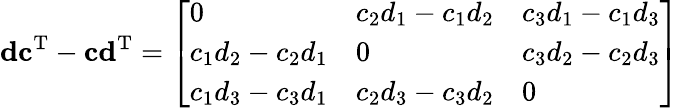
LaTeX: \mathbf{d}\mathbf{c}^{\mathrm{T}}-\mathbf{c}\mathbf{d}^{\mathrm{T}}={\left[\begin{array}{lll}{0}&{c_{2}d_{1}-c_{1}d_{2}}&{c_{3}d_{1}-c_{1}d_{3}}\\ {c_{1}d_{2}-c_{2}d_{1}}&{0}&{c_{3}d_{2}-c_{2}d_{3}}\\ {c_{1}d_{3}-c_{3}d_{1}}&{c_{2}d_{3}-c_{3}d_{2}}&{0}\end{array}\right]}